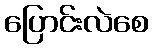
ပြောင်းလဲစေ